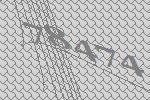
78474